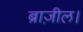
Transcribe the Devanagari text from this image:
ब्राज़ील।